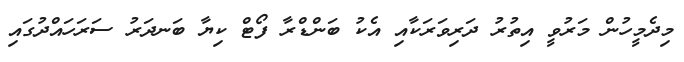
މިދެމީހުން މަރުވީ އިތުރު ދަރިވަރަކާއި އެކު ބަންޑްރާ ފޯޓް ކިޔާ ބަނދަރު ސަރަހައްދުގައި